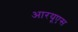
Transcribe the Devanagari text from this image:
आरयूएस